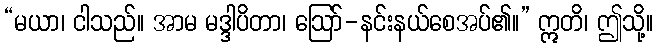
“မယာ၊ ငါသည်။ အာမ မဒ္ဒါပိတာ၊ ဩော်-နင်းနယ်စေအပ်၏။” ဣတိ၊ ဤသို့။